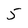
Character: 5